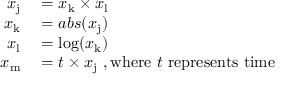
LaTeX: \begin{array} { r l } { x _ { \mathrm { j } } } & { { } = x _ { \mathrm { k } } \times x _ { \mathrm { l } } } \\ { x _ { \mathrm { k } } } & { { } = a b s ( x _ { \mathrm { j } } ) } \\ { x _ { \mathrm { l } } } & { { } = \log ( x _ { \mathrm { k } } ) } \\ { x _ { \mathrm { m } } } & { { } = t \times x _ { \mathrm { j } } { \mathrm { ~ , w h e r e ~ } } t { \mathrm { ~ r e p r e s e n t s ~ t i m e } } } \end{array}